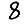
Digit: 8